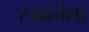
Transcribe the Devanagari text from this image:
स्त्रवलेला